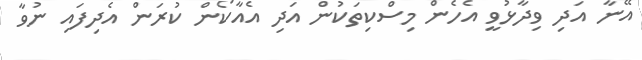
އޭނާ އަދި ވިދާޅުވީ އެހެން މިސްކިތަކުން އަދި އެއާކޯން ކުރަން އެދިފައި ނުވާ